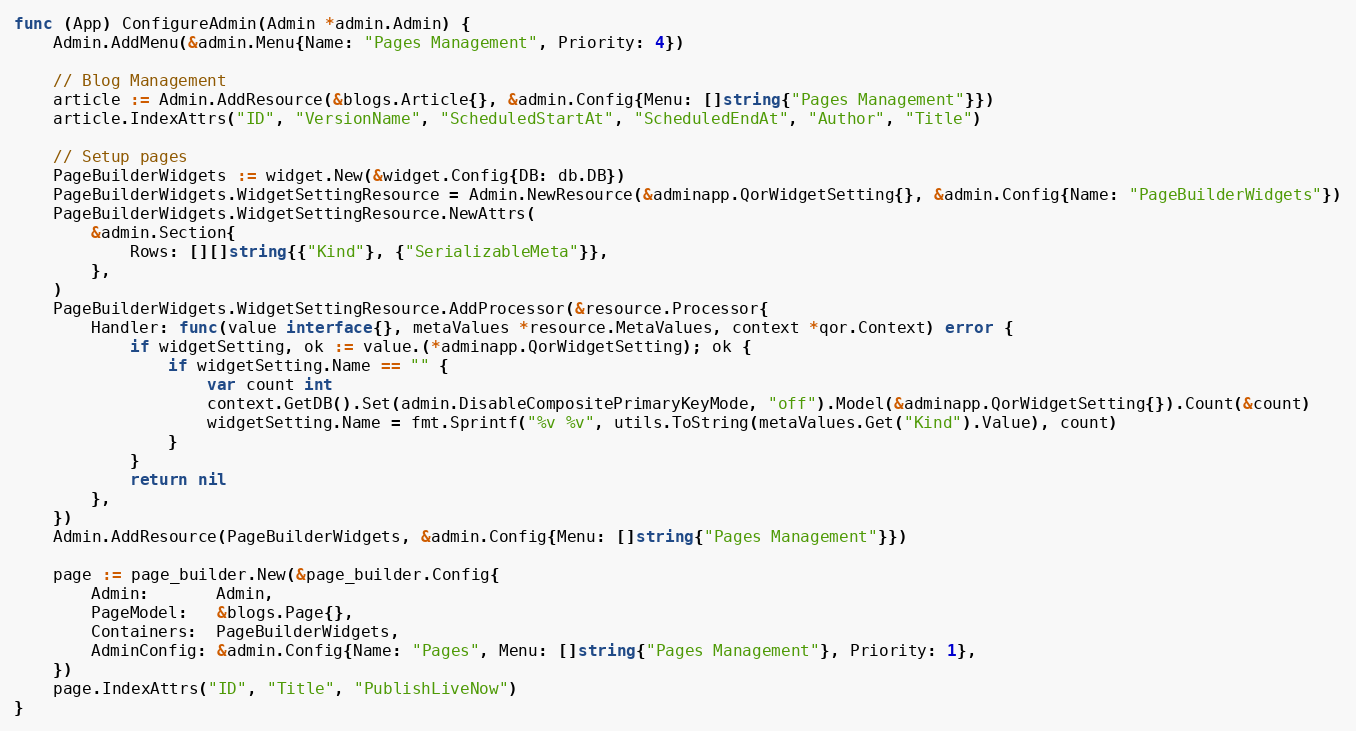
Language: Go
func (App) ConfigureAdmin(Admin *admin.Admin) {
	Admin.AddMenu(&admin.Menu{Name: "Pages Management", Priority: 4})

	// Blog Management
	article := Admin.AddResource(&blogs.Article{}, &admin.Config{Menu: []string{"Pages Management"}})
	article.IndexAttrs("ID", "VersionName", "ScheduledStartAt", "ScheduledEndAt", "Author", "Title")

	// Setup pages
	PageBuilderWidgets := widget.New(&widget.Config{DB: db.DB})
	PageBuilderWidgets.WidgetSettingResource = Admin.NewResource(&adminapp.QorWidgetSetting{}, &admin.Config{Name: "PageBuilderWidgets"})
	PageBuilderWidgets.WidgetSettingResource.NewAttrs(
		&admin.Section{
			Rows: [][]string{{"Kind"}, {"SerializableMeta"}},
		},
	)
	PageBuilderWidgets.WidgetSettingResource.AddProcessor(&resource.Processor{
		Handler: func(value interface{}, metaValues *resource.MetaValues, context *qor.Context) error {
			if widgetSetting, ok := value.(*adminapp.QorWidgetSetting); ok {
				if widgetSetting.Name == "" {
					var count int
					context.GetDB().Set(admin.DisableCompositePrimaryKeyMode, "off").Model(&adminapp.QorWidgetSetting{}).Count(&count)
					widgetSetting.Name = fmt.Sprintf("%v %v", utils.ToString(metaValues.Get("Kind").Value), count)
				}
			}
			return nil
		},
	})
	Admin.AddResource(PageBuilderWidgets, &admin.Config{Menu: []string{"Pages Management"}})

	page := page_builder.New(&page_builder.Config{
		Admin:       Admin,
		PageModel:   &blogs.Page{},
		Containers:  PageBuilderWidgets,
		AdminConfig: &admin.Config{Name: "Pages", Menu: []string{"Pages Management"}, Priority: 1},
	})
	page.IndexAttrs("ID", "Title", "PublishLiveNow")
}